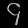
Digit: ၄